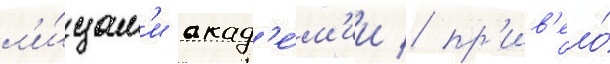
л'и́цам'и акад'е́м'ии / пр'ив'ело́